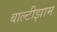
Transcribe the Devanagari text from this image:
बाल्टीझाम